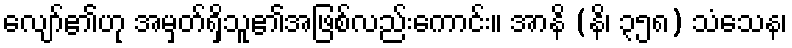
လျော်၏ဟု အမှတ်ရှိသူ၏အဖြစ်လည်းကောင်း။ အာနိ (နိ၊ ၃၅၈) သံသေန၊